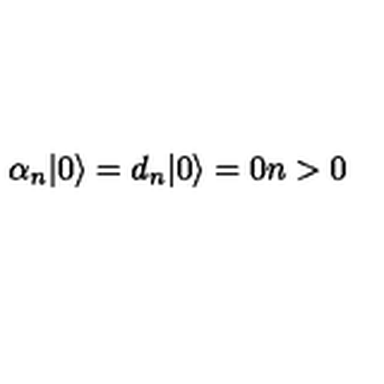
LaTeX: \alpha _ { n } | 0 \rangle = d _ { n } | 0 \rangle = 0 n > 0